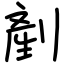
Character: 剷